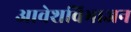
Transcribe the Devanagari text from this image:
आवेशविभाजन